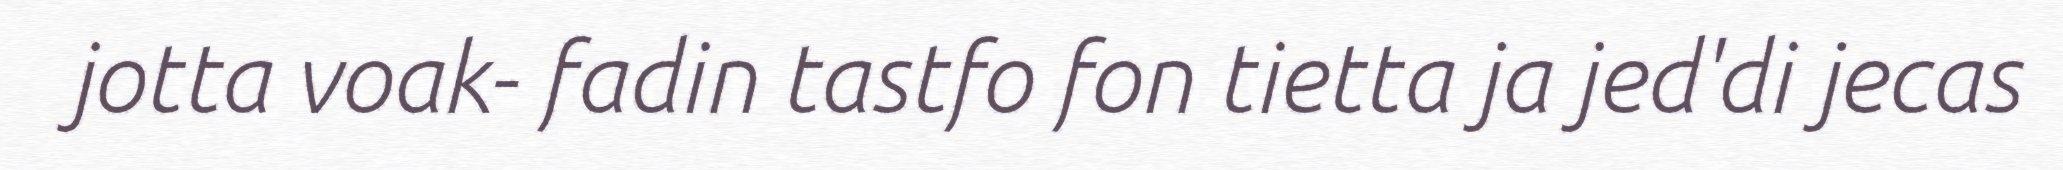
jotta voak- fadin tastfo fon tietta ja jed'di jecas